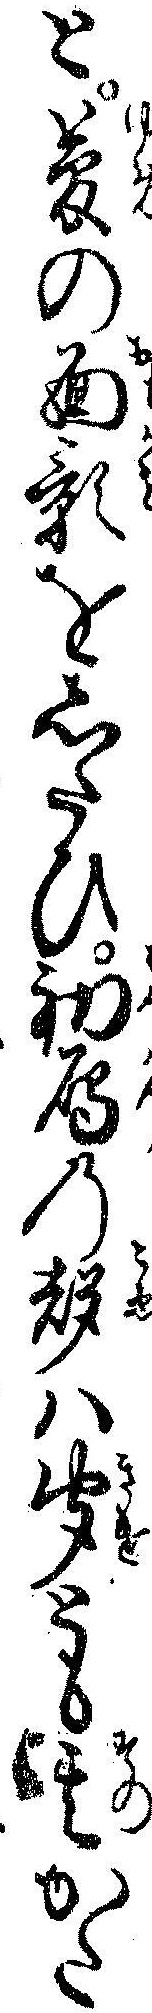
と夢の面影をしたひ初雁の声ハ聞とも其かた